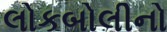
લોકબોલીનો